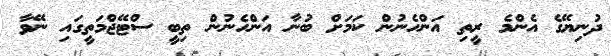
ދުނިޔޭގެ އެންމެ ރީތި އަންހެނުން ކަމަށް ބުނާ އަންހެނުން ތިބީ ސްޓޭޖްމަތީގައި ނޭވާ